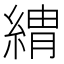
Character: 𦂈